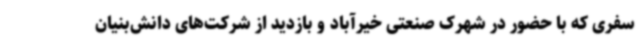
سفری که با حضور در شهرک صنعتی خیرآباد و بازدید از شرکت‌های دانش‌بنیان